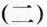
（二）